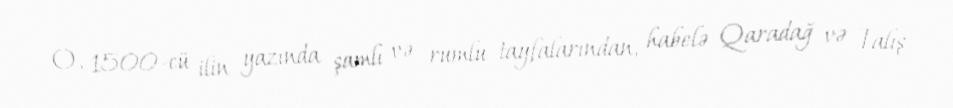
O, 1500-cü ilin yazında şamlı və rumlu tayfalarından, habelə Qaradağ və Talış